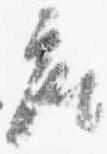
座